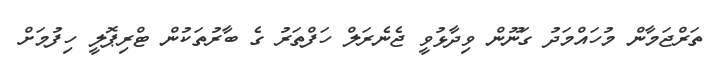
ތަރްޖަމާން މުހައްމަދު ގަނޫން ވިދާޅުވީ ޖެނެރަލް ހަފްތަރު ގެ ބާރުތަކުން ޓްރިޕޮލީ ހިފުމަށް